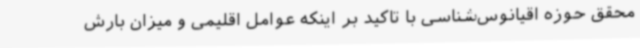
محقق حوزه اقیانوس‌شناسی با تاکید بر اینکه عوامل اقلیمی و میزان بارش